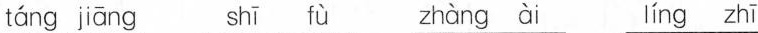
táng jāng shī fù zhàng ài líng zhī